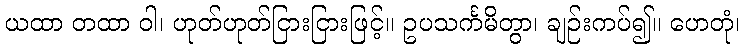
ယထာ တထာ ဝါ၊ ဟုတ်ဟုတ်ငြားငြားဖြင့်။ ဥပသင်္ကမိတွာ၊ ချဉ်းကပ်၍။ ဟေတုံ၊